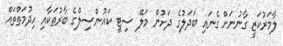
ލާމަރުކަޒީ ގާނުނަށް ގެނައި ބަދަލުގެ ދަށުން މަލޭ ސިޓީ ކައުންސިލްގެ ބާރުތަކާއި ހިދުމަތްތައް